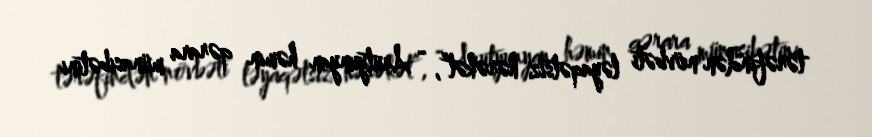
tərəfindən növbəti ləyaqətsiz hərəkət”, - Arutyunyan həmin qərara münasibətini